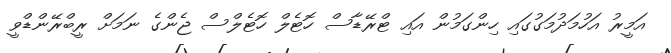
އަމީރު އަހުމަދުމަގުގައި ހިންގަމުން އައި ޓްރޭޑާސް ހޮޓެލް ހޮޓެލްސް ޖެންގެ ނަމަށް ރީބްރޭންޑްވީ